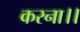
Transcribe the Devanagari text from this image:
करना।।